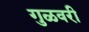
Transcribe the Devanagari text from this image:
गुळवरी